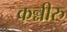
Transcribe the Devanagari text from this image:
कन्नीरु